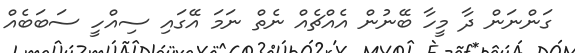
ގަންނަން ދާ މީހާ ބޭނުން އެއްޗެއް ނެތް ނަމަ އޭގައި ސިއްހީ ސަބަބެއް